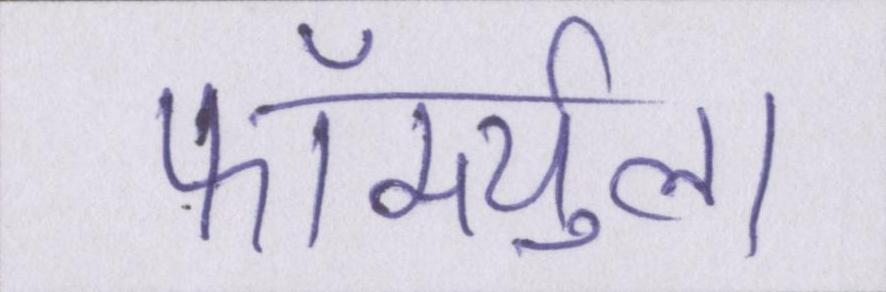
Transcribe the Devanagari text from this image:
फॉर्म्युला